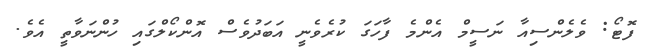
ފޮޓޯ: ވެލެންސިއާ ނަސީމް އެންމެ ފާހަގަ ކުރެވެނީ އަބަދުވެސް އޮންކޯލްގައި ހުންނަވާތީ އެވެ.